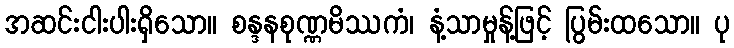
အဆင်းငါးပါးရှိသော။ စန္ဒနစုဏ္ဏမိဿကံ၊ နံ့သာမှုန့်ဖြင့် ပြွမ်းထသော။ ပု